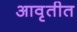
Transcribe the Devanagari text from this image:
आवृतीत